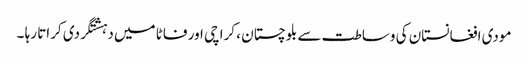
مودی افغانستان کی وساطت سے بلوچستان ، کراچی اور فاٹا میں دہشتگردی کراتا رہا ۔